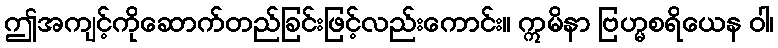
ဤအကျင့်ကိုဆောက်တည်ခြင်းဖြင့်လည်းကောင်း။ ဣမိနာ ဗြဟ္မစရိယေန ဝါ၊